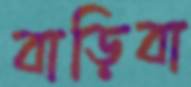
বাড়িবা